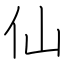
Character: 仙